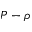
P - \rho